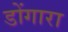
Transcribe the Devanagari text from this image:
डोंगारा